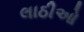
લાઠીઓ